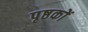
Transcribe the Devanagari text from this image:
पृष्ठकों